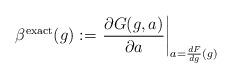
LaTeX: \begin{align*}\beta^{\rm exact}(g) := \left.\frac{\partial G(g,a)}{\partial a} \right|_{a= \frac{dF}{dg} (g)}\end{align*}